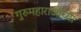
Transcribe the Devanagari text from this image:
गुरुमहाराजांच्या